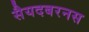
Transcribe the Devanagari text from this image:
सैयदबरनस